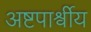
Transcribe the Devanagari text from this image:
अष्टपार्श्वीय